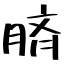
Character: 𦜝